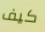
كيف